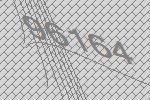
96164